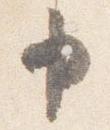
申